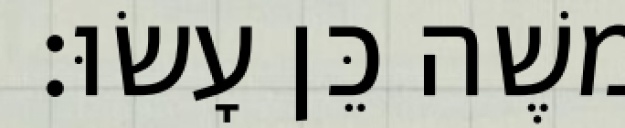
משֶׁה כֵּן עָשׂוּ׃